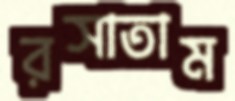
রসাতাম